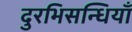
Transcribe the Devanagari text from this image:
दुरभिसन्धियाँ